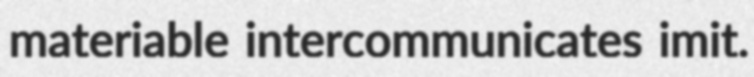
materiable intercommunicates imit.